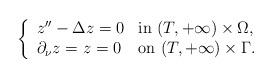
LaTeX: \begin{align*} \left\lbrace\begin{array}{lll} z''-\Delta z =0 & \hbox{in } (T, + \infty)\times \Omega,\\\partial_\nu z =z=0 & \hbox{on } (T, + \infty)\times \Gamma.\end{array}\right.\end{align*}